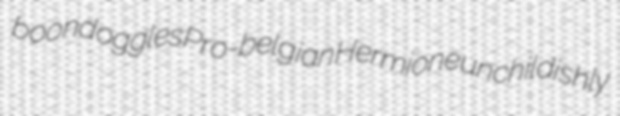
boondoggles Pro-belgian Hermione unchildishly